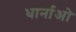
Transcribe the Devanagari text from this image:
धार्नाओ